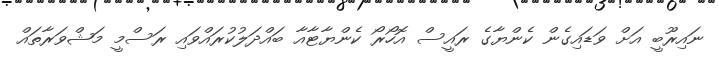
ނައިރޫބީ އަށް ވަޑައިގެން ކެންޔާގެ ރައީސް އޮހޯރޯ ކެންޔާޓާއާ ބައްދަލުކުރައްވައި ރަސްމީ މަޝްވަރާތައް